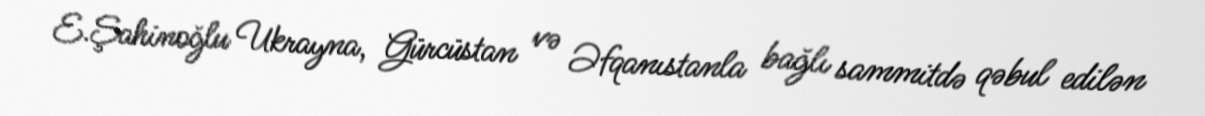
E.Şahinoğlu Ukrayna, Gürcüstan və Əfqanıstanla bağlı sammitdə qəbul edilən